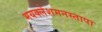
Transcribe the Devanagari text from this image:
भयक्लेशमनस्तापा